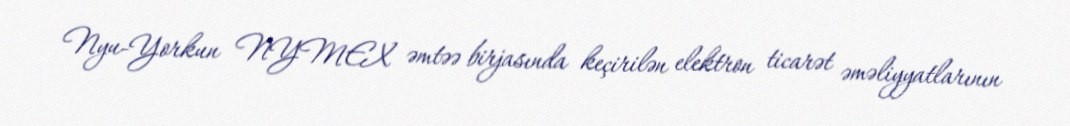
Nyu-Yorkun NYMEX əmtəə birjasında keçirilən elektron ticarət əməliyyatlarının